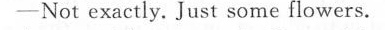
-Not exactly. Just some flowers.